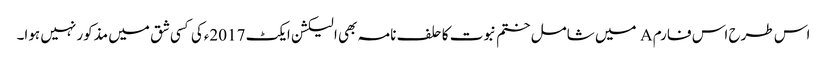
اس طرح اس فارم A میں شامل ختم نبوت کا حلف نامہ بھی الیکشن ایکٹ 2017ءکی کسی شق میں مذکور نہیں ہوا۔